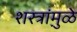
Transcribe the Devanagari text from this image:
शस्त्रांमु़ळे